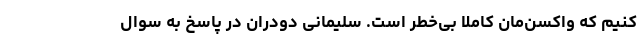
کنیم که واکسن‌مان کاملا بی‌خطر است. سلیمانی دودران در پاسخ به سوال